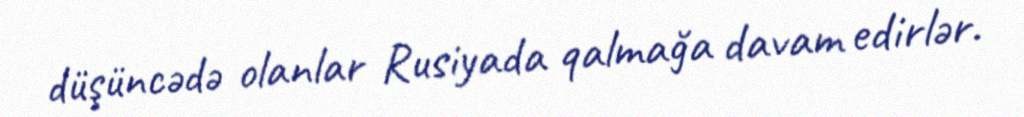
düşüncədə olanlar Rusiyada qalmağa davam edirlər.